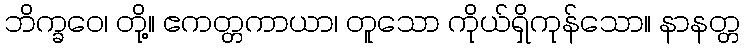
ဘိက္ခဝေ၊ တို့။ ဧကတ္တကာယာ၊ တူသော ကိုယ်ရှိကုန်သော။ နာနတ္တ